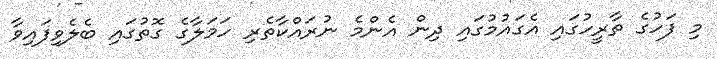
މި ފަހުގެ ތާރީހުގައި އެގައުމުގައި ދިން އެންމެ ނުރައްކާތެރި ހަމަލާގެ ގޮތުގައި ބެލެވިފައިވާ